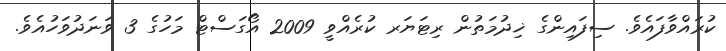
ކުރައްވާފައެވެ. ސިފައިންގެ ޚިދުމަތުން ރިޓަޔަރ ކުރެއްވީ 2009 އޯގަސްޓް މަހުގެ 3 ވަނަދުވަހުއެވެ.